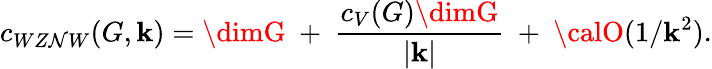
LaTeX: c_{WZ\mathcal{N}W}(G,\mathbf{k})=\dimG~+~{\frac{{c_{V}(G)\dimG}}{{|\mathbf{k}|}}}~+~{\calO}(1/\mathbf{k}^{2}).